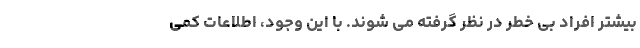
بیشتر افراد بی خطر در نظر گرفته می شوند. با این وجود، اطلاعات کمی